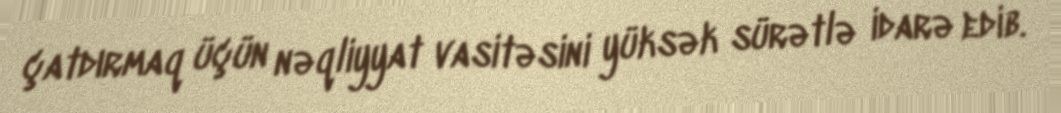
çatdırmaq üçün nəqliyyat vasitəsini yüksək sürətlə idarə edib.